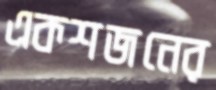
একশজনের